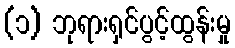
(၁) ဘုရားရှင်ပွင့်ထွန်းမှု